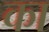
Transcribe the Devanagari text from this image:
का